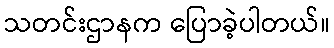
သတင်းဌာနက ပြောခဲ့ပါတယ်။